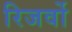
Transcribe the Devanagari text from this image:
रिजर्वो